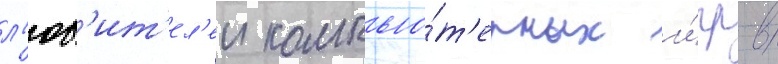
л'юб'ит'ел'еи компью́т'ерных и́гр в